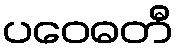
ပဝေဓတီ